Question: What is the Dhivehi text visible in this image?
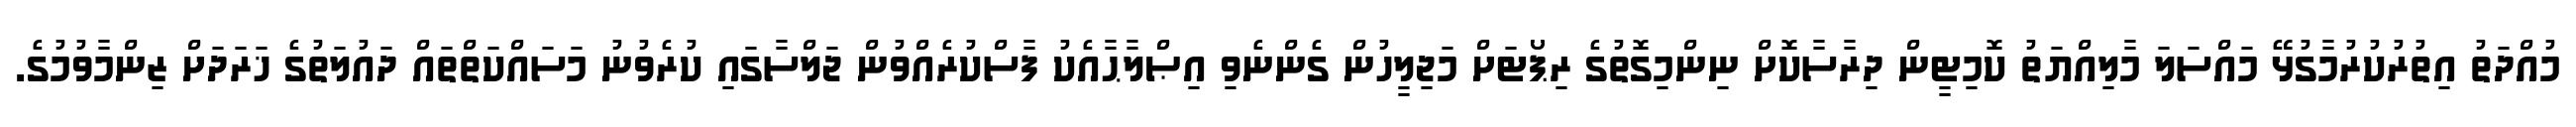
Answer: މުއްދަތު އިތުރުކުރުމާގުޅޭ މައްސަލަ މާލިއްޔަތު ކޮމިޓީން ދިރާސާކޮށް ނިންމިގޮތުގެ ރިޕޯޓަށް މަޖިލީހުން ގެންނެވި އިޞްލާޙާއެކު ފާސްކުރެއްވުން ޖަލްސާގައި ކުރެވުނު މަސައްކަތްތައް ދައުލަތުގެ ޚަރަދަށް ޒިންމާވުމުގެ.